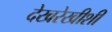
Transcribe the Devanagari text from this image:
देखरेखीशी